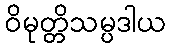
ဝိမုတ္တိသမ္ပဒါယ